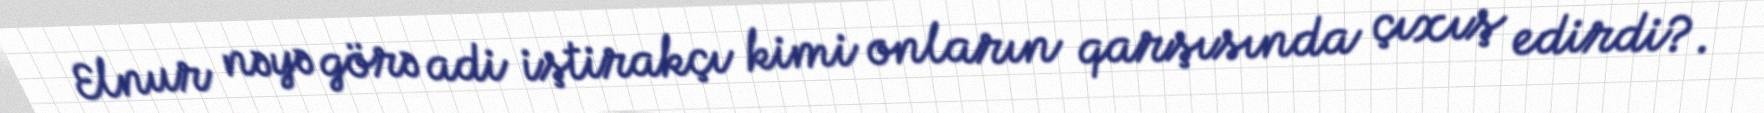
Elnur nəyə görə adi iştirakçı kimi onların qarşısında çıxış edirdi?.